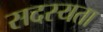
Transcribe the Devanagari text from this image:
सदस्यता